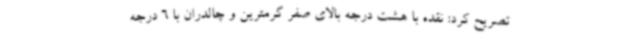
تصریح کرد: نقده با هشت درجه بالای صفر گرمترین و چالدران با 6 درجه